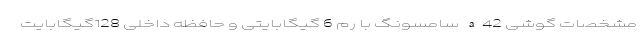
مشخصات گوشی a42 سامسونگ با رم 6 گیگابایتی و حافظه داخلی 128گیگابایت